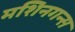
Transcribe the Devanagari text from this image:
मशिनगन्स